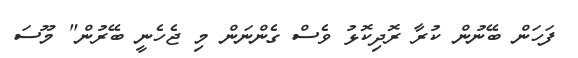
ފަހަން ބޭނުން ކުރާ ރޮދިކޮޅު ވެސް ގެންނަން މި ޖެހެނީ ބޭރުން" މޫސަ